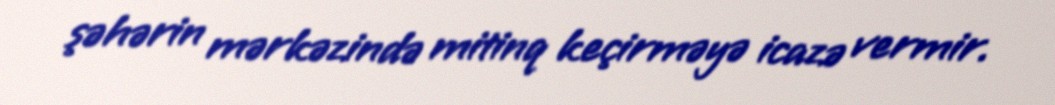
şəhərin mərkəzində mitinq keçirməyə icazə vermir.